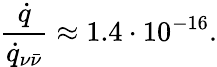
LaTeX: \frac{\dot{q}}{\dot{q}_{\nu\bar{\nu}}}\approx 1.4\cdot 10^{-16}.